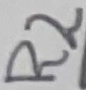
Text: R2